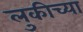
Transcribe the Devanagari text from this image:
लुकीच्या